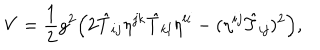
V = \frac { 1 } { 2 } g ^ { 2 } \Bigr ( 2 \hat { T } _ { i j } \eta ^ { j k } \hat { T } _ { k l } \eta ^ { l i } - ( \eta ^ { i j } \hat { T } _ { i j } ) ^ { 2 } \Bigr ) ,